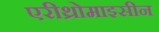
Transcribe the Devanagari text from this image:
एरीथ्रोमाइसीन